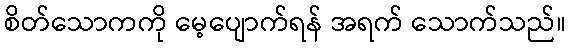
စိတ်သောကကို မေ့ပျောက်ရန် အရက် သောက်သည်။